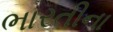
ભારતીના